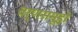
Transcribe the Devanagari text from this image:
वर्णसमूहो